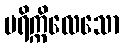
ပရိက္ကိလေသော